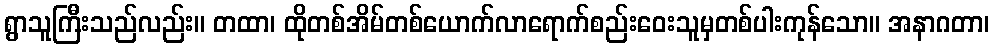
ရွာသူကြီးသည်လည်း။ တထာ၊ ထိုတစ်အိမ်တစ်ယောက်လာရောက်စည်းဝေးသူမှတစ်ပါးကုန်သော။ အနာဂတာ၊